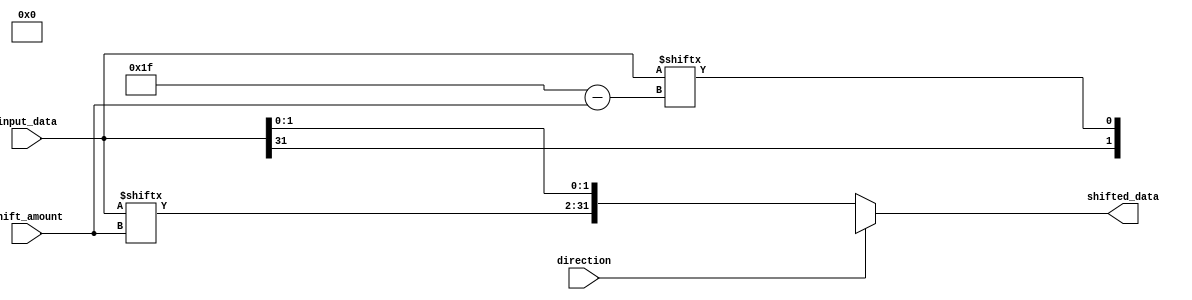
module sparse_barrel_shifter (
    input [31:0] input_data,
    input [4:0] shift_amount,
    input direction,
    output reg [31:0] shifted_data
);

always @ (input_data or shift_amount or direction)
begin
    if(direction == 0) // right shift
        shifted_data = {input_data[31:shift_amount], input_data[shift_amount-1:0]};
    else // left shift
        shifted_data = {input_data[(31-shift_amount+1):31], input_data[31:(31-shift_amount)]};
end

endmodule